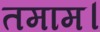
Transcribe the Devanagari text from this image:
तमाम।